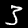
Label: 3